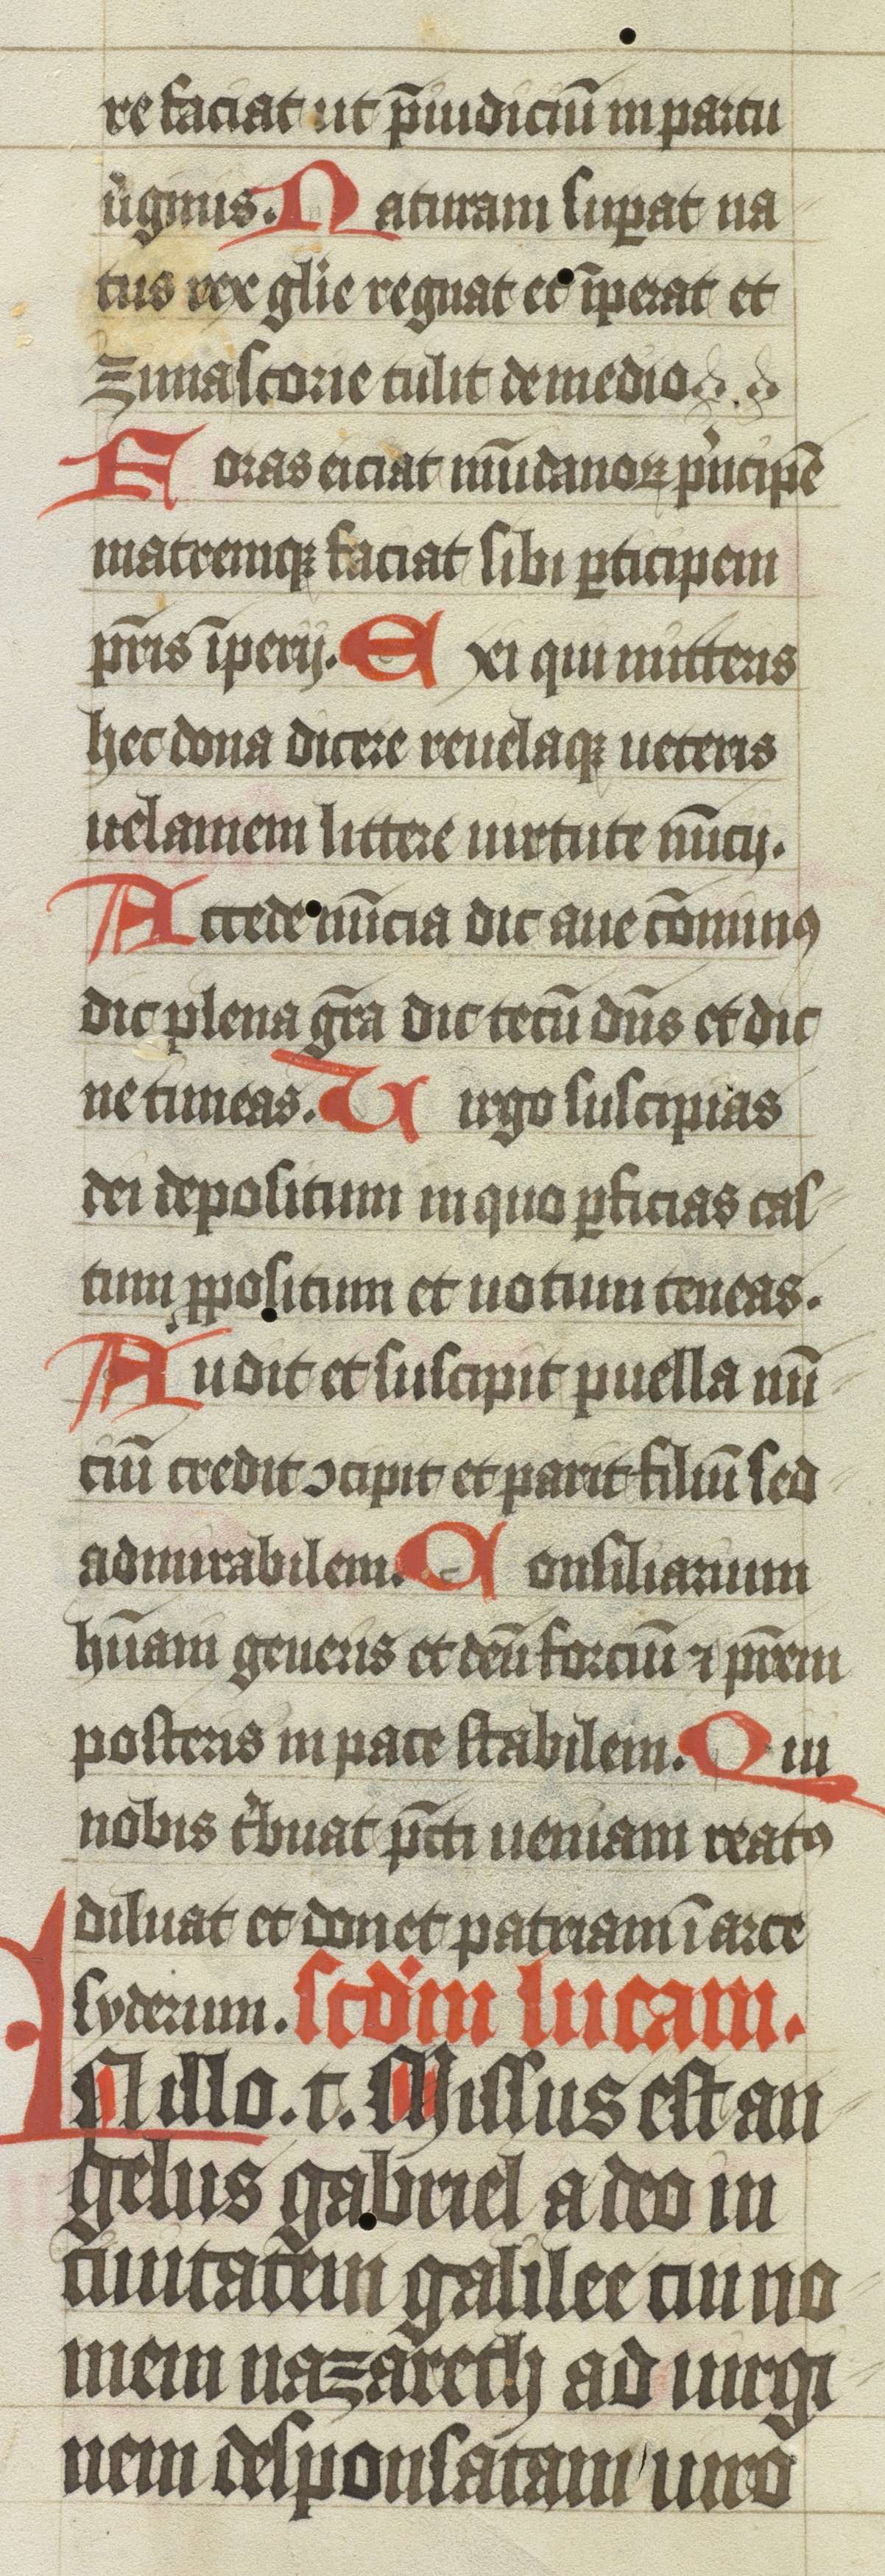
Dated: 1400–1499